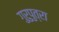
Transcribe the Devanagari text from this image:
गुरुपुत्रा